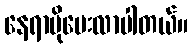
နေရာပိုပေးလာပါတယ်။